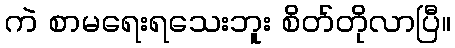
ကဲ စာမရေးရသေးဘူး စိတ်တိုလာပြီ။